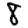
Digit: 8